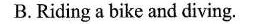
B.Riding a bike and diving.